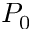
P _ { 0 }